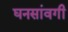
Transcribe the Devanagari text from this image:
घनसांवगी